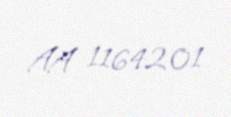
AA 1164201